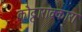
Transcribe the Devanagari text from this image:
कोट्टाराक्कारा